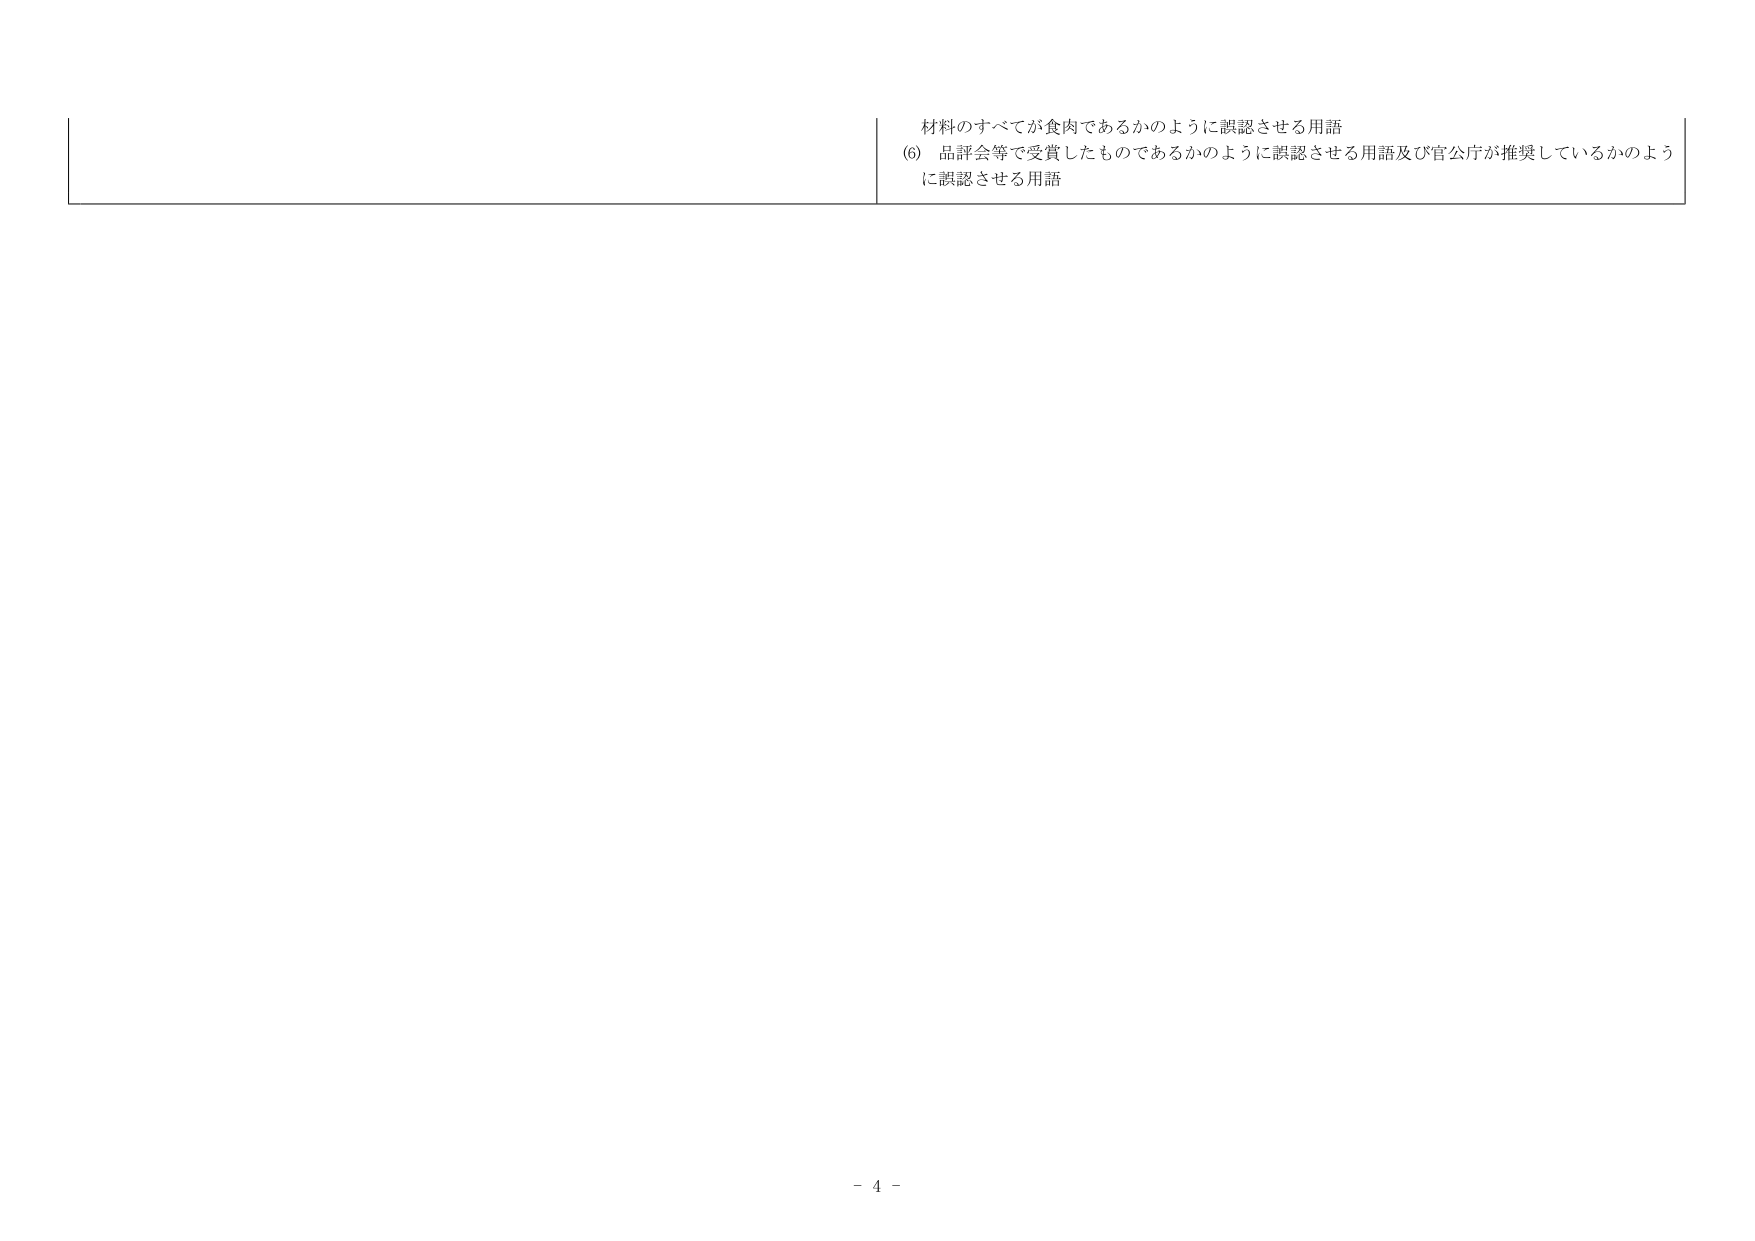
材料のすべてが食肉であるかのように誤認させる用語
(6) 品評会等で受賞したものであるかのように誤認させる用語及び官公庁が推奨しているかのように誤認させる用語
- 4 -